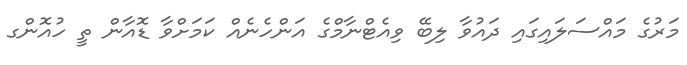
މަރުގެ މައްސަލައިގައި ދައުވާ ލިބޭ ވިއެޓްނާމްގެ އަންހެނެއް ކަމަށްވާ ޑޮއާން ތީ ހުއޮންގ